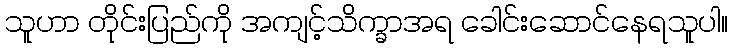
သူဟာ တိုင်းပြည်ကို အကျင့်သိက္ခာအရ ခေါင်းဆောင်နေရသူပါ။